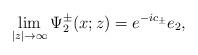
LaTeX: \begin{align*}\lim_{|z|\rightarrow\infty}\Psi^\pm_2(x;z)=e^{-ic_\pm}e_2,\end{align*}